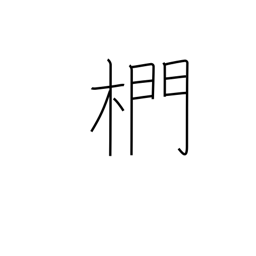
Meaning: oak used for charcoal